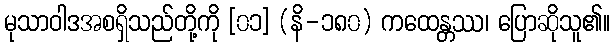
မုသာဝါဒအစရှိသည်တို့ကို [၀၁] (နိ-၁၈၀) ကထေန္တဿ၊ ပြောဆိုသူ၏။